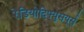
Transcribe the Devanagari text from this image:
रेडियोदिफ्युसयूर्स